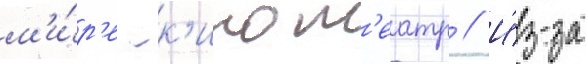
м'и́р'е -к'инот'еатр // И́з-за